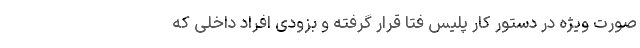
صورت ویژه در دستور کار پلیس فتا قرار گرفته و بزودی افراد داخلی که